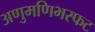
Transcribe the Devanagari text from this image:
अणुमणिभस्फट